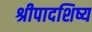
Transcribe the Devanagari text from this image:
श्रीपादशिष्य